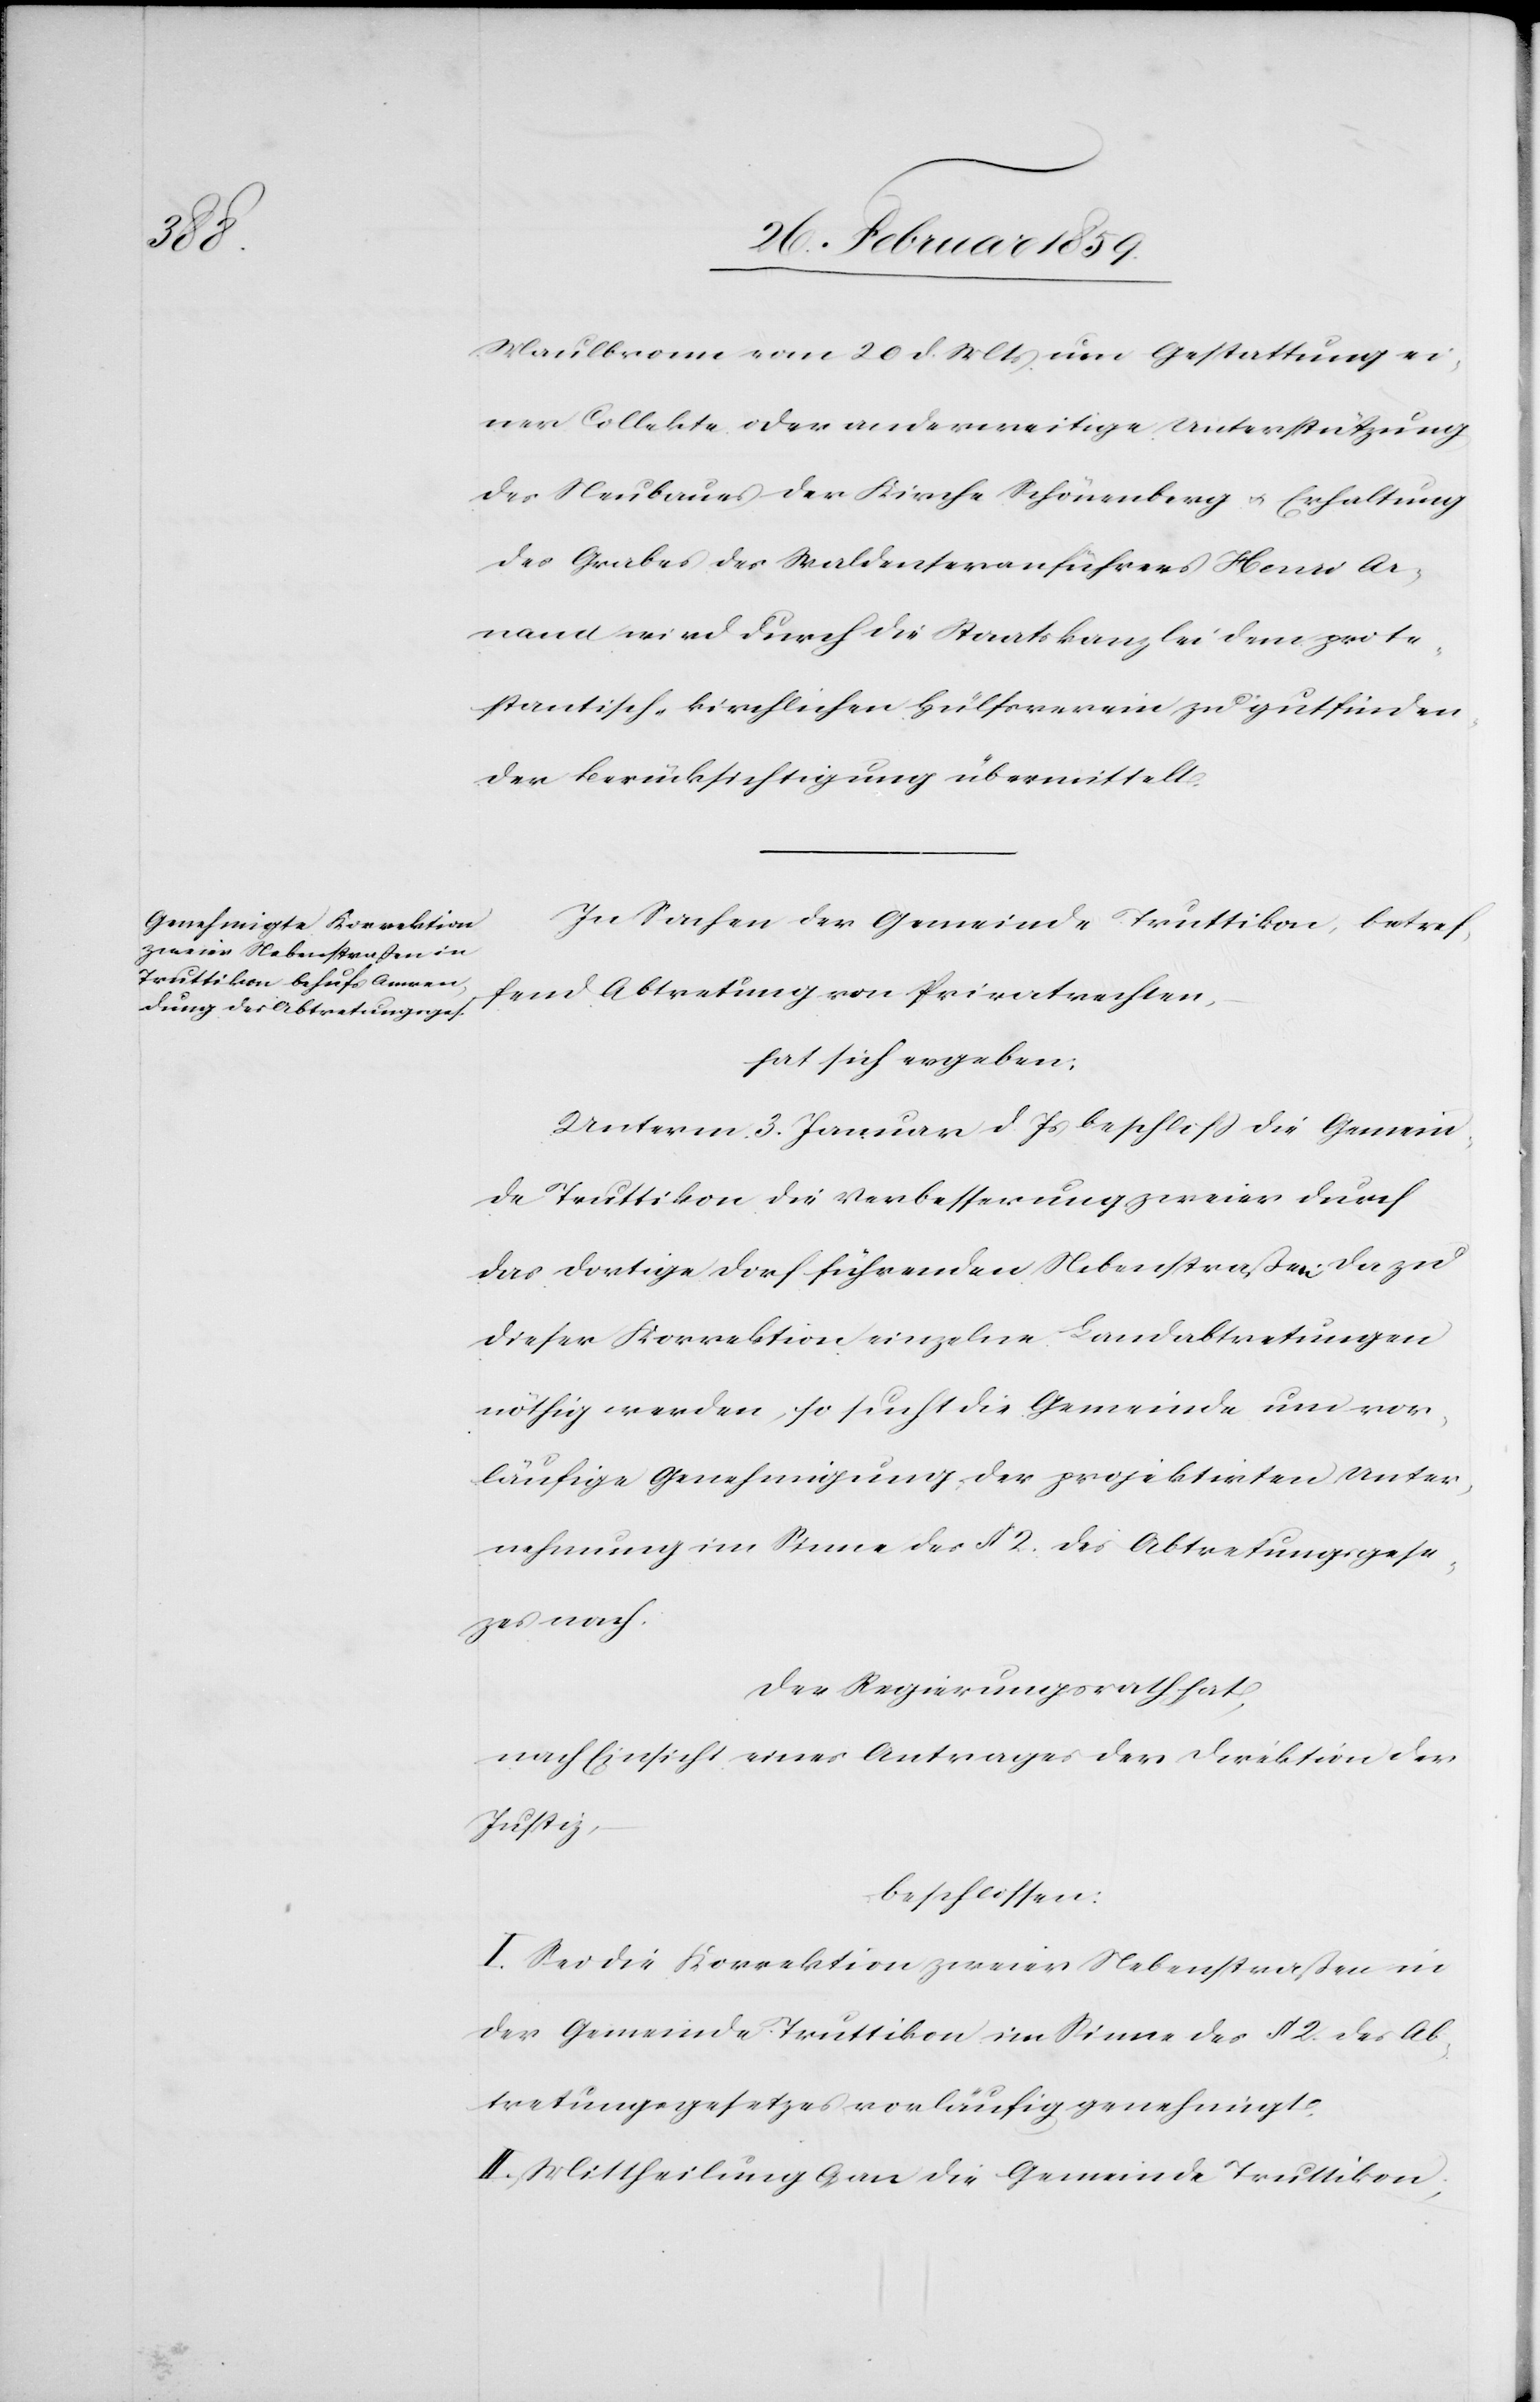
nach.

Maulbronn vom 20 d. Mts um Gestattung ei¬
ner Collekte oder anderweitige Unterstützung
des Neubaues der Kirche Schönenberg u. Erhaltung
des Grabes des Waldenseranführers Henri Ar¬
nand wird durch die Staatskanzlei dem prote¬
stantisch-kirchlichen Hülfsverein zu gutfinden¬
der Berücksichtigung übermittelt.
In Sachen der Gemeinde Truttikon, betref¬
fend Abtretung von Privatrechten,
hat sich ergeben:
Unterm 3. Januar d. Js beschloß die Gemein¬
de Truttikon die Verbesserung zweier durch
das dortige Dorf führenden Nebenstraßen. Da zu
dieser Korrektion einzelne Landabtretungen
nöthig werden, so sucht die Gemeinde um vor¬
läufige Genehmigung der projektirten Unter¬
nehmung im Sinne des § 2. des Abtretungsgesezes
Der Regierungsrath hat,
nach Einsicht eines Antrages der Direktion der
Justiz,
beschlossen:
I. Sei die Korrektion zweier Nebenstraßen in
der Gemeinde Truttikon im Sinne des § 2 des Ab¬
tretungsgesetzes vorläufig genehmigt.
II. Mittheilung a, an die Gemeinde Truttikon;